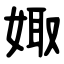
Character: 娵